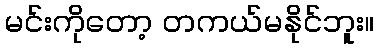
မင်းကိုတော့ တကယ်မနိုင်ဘူး။